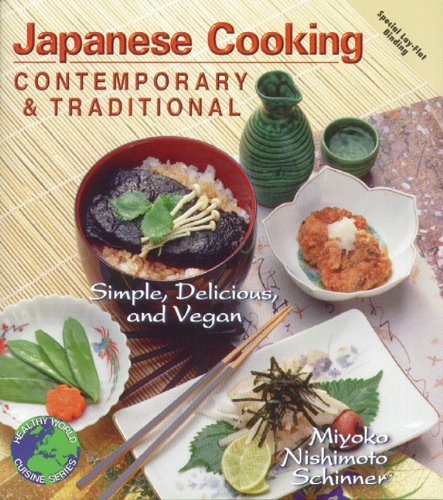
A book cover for Japanese Cooking: Contemporary & Traditional [Simple, Delicious, and Vegan]; Miyoko Nishimoto Schinner; Cookbooks, Food & Wine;